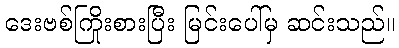
ဒေးဗစ်ကြိုးစားပြီး မြင်းပေါ်မှ ဆင်းသည်။